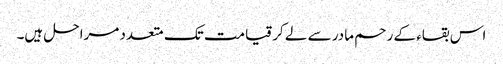
اس بقاء کے رحم مادر سے لے کر قیامت تک متعدد مراحل ہیں۔